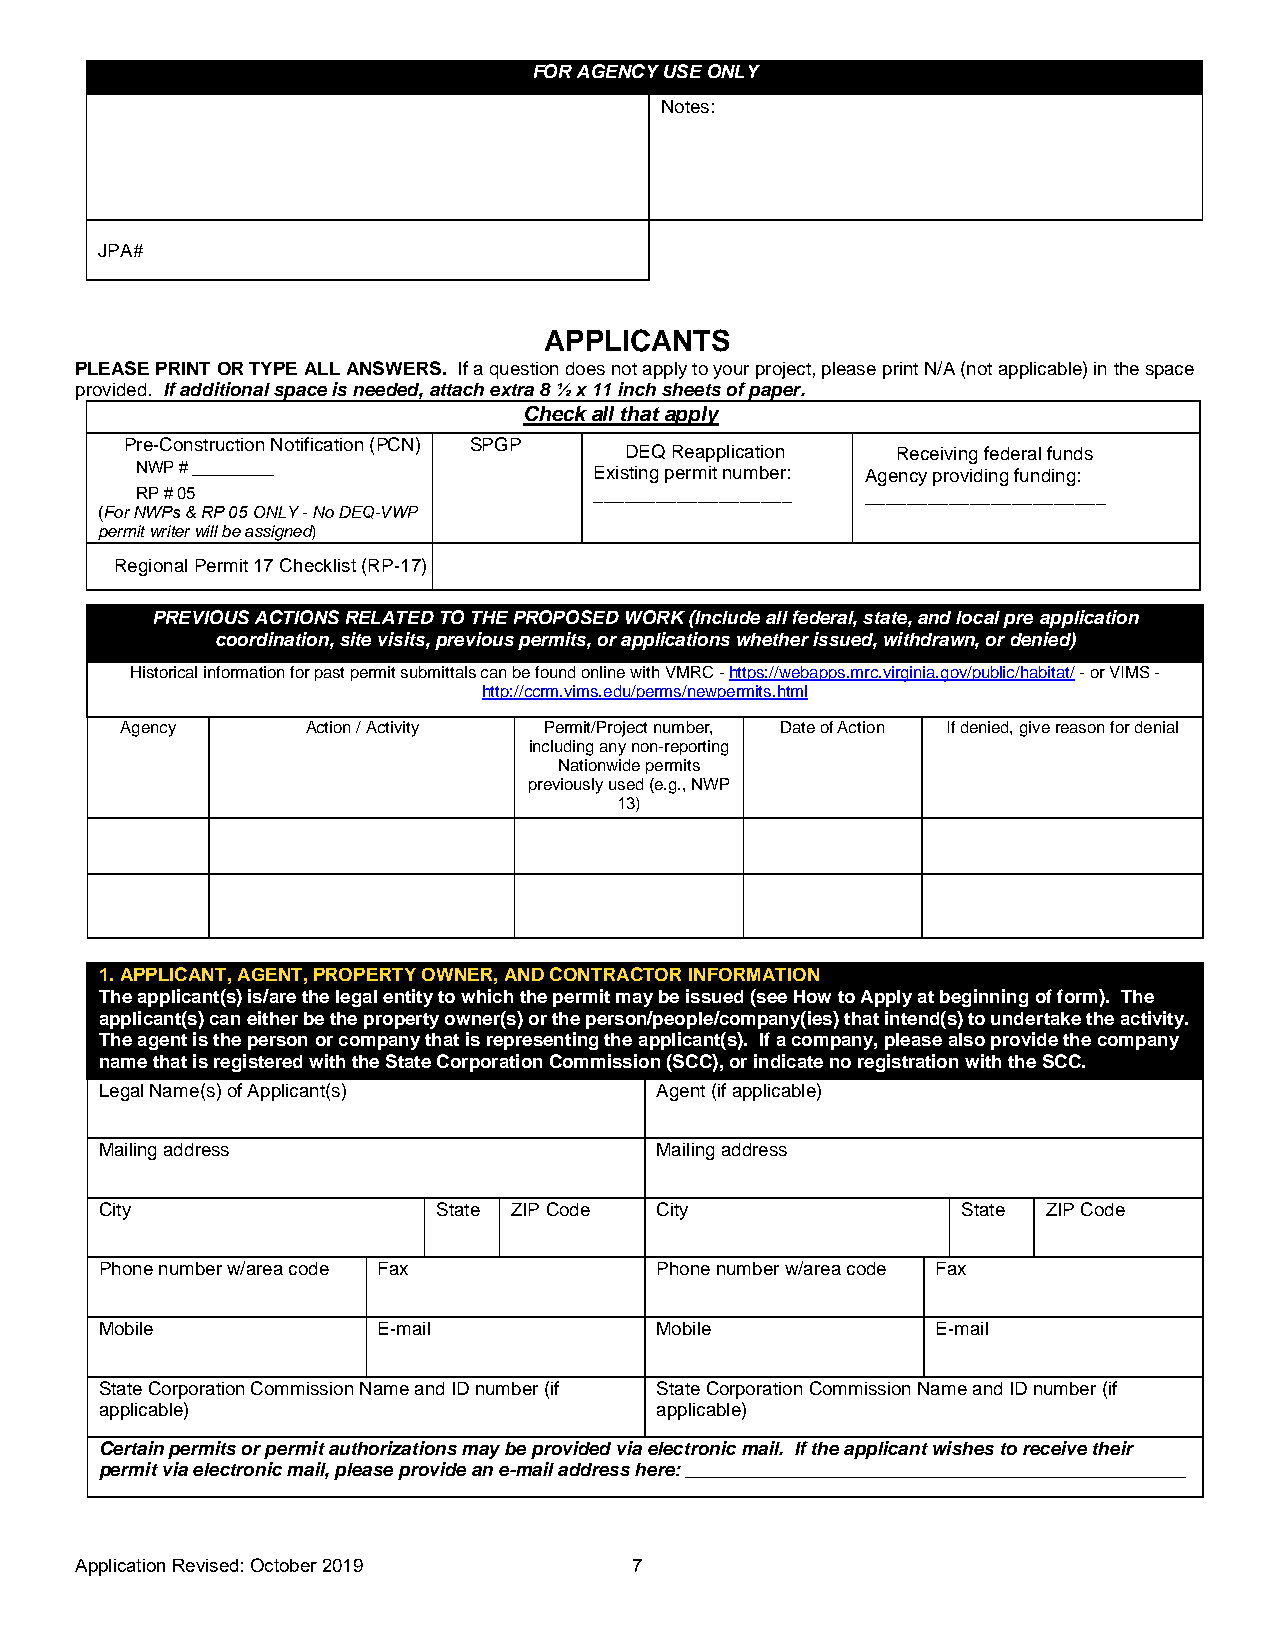
FOR AGENCY USE ONLY
 Notes:
 JPA#
 APPLICANTS
 PLEASE PRINT OR TYPE ALL ANSWERS. If a question does not apply to your project, please print N/A (not applicable) in the space
 provided. If additional space is needed, attach extra 8 ½ x 11 inch sheets of paper.
 Check all that apply
 Pre-Construction Notification (PC N) SPGP
 DEQ Reapplicati on Receiving federal fu n ds
 NWP # _________               Existing permit number: Agency providing funding:
 RP # 05                       ___________________ _______________________
 (For NWPs & RP 05 ONL Y - No DEQ-VWP
 permit writer will be assig ned)
 Regional Permit 17 Check list (RP-17)
 PREVIOUS ACTIONS RELATED TO THE PROPOSED WORK (Include all federal, state, and local pre- application
 coordination, site visits, previous permits, or applications whether issued, withdrawn, or denied)
 Historical information for past permit submittals can be found online with VMRC - https://webapps.mrc.virginia.gov/public/habitat/ - or VIMS -
 http://ccrm.vims.edu/perms/newpermits.html
 Agency      Action / Activity Permit/Project number, Date of Action If denied, give reason for denial
 including any non-reporting
 Nationwide permits
 previously used (e.g., NWP
 13)
 1.APPLICANT, AGENT, PROPERTY OWNER, AND CONTRACTOR INFORMATION
 The applicant(s) is/are the legal entity to which the permit may be issued (see How to Apply at beginning of form). The
 applicant(s) can either be the property owner(s) or the person/people/company(ies) that intend(s) to undertake the activity.
 The agent is the person or company that is representing the applicant(s). If a company, please also provide the company
 name that is registered with the State Corporation Commission (SCC), or indicate no registration with the SCC.
 Legal Name(s) of Applicant(s)       Agent (if applicable)
 Mailing address                     Mailing address
 City                  State ZIP Code City                State ZIP Code
 Phone number w/area code Fax        Phone number w/area code Fax
 Mobile            E-mail            Mobile             E-mail
 State Corporation Commission Name and ID number (if State Corporation Commission Name and ID number (if
 applicable)                         applicable)
 Certain permits or permit authorizations may be provided via electronic mail. If the applicant wishes to receive their
 permit via electronic mail, please provide an e-mail address here: ________________________________________________
 Application Revised: October 20 19   7